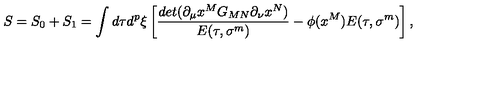
S = S _ { 0 } + S _ { 1 } = \int d \tau d ^ { p } \xi \left[ { \frac { d e t ( \partial _ { \mu } x ^ { M } G _ { M N } \partial _ { \nu } x ^ { N } ) } { E ( \tau , \sigma ^ { m } ) } } - { \phi ( x ^ { M } ) } E ( \tau , \sigma ^ { m } ) \right] ,